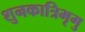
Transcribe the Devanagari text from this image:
शुनकात्रिभृगु